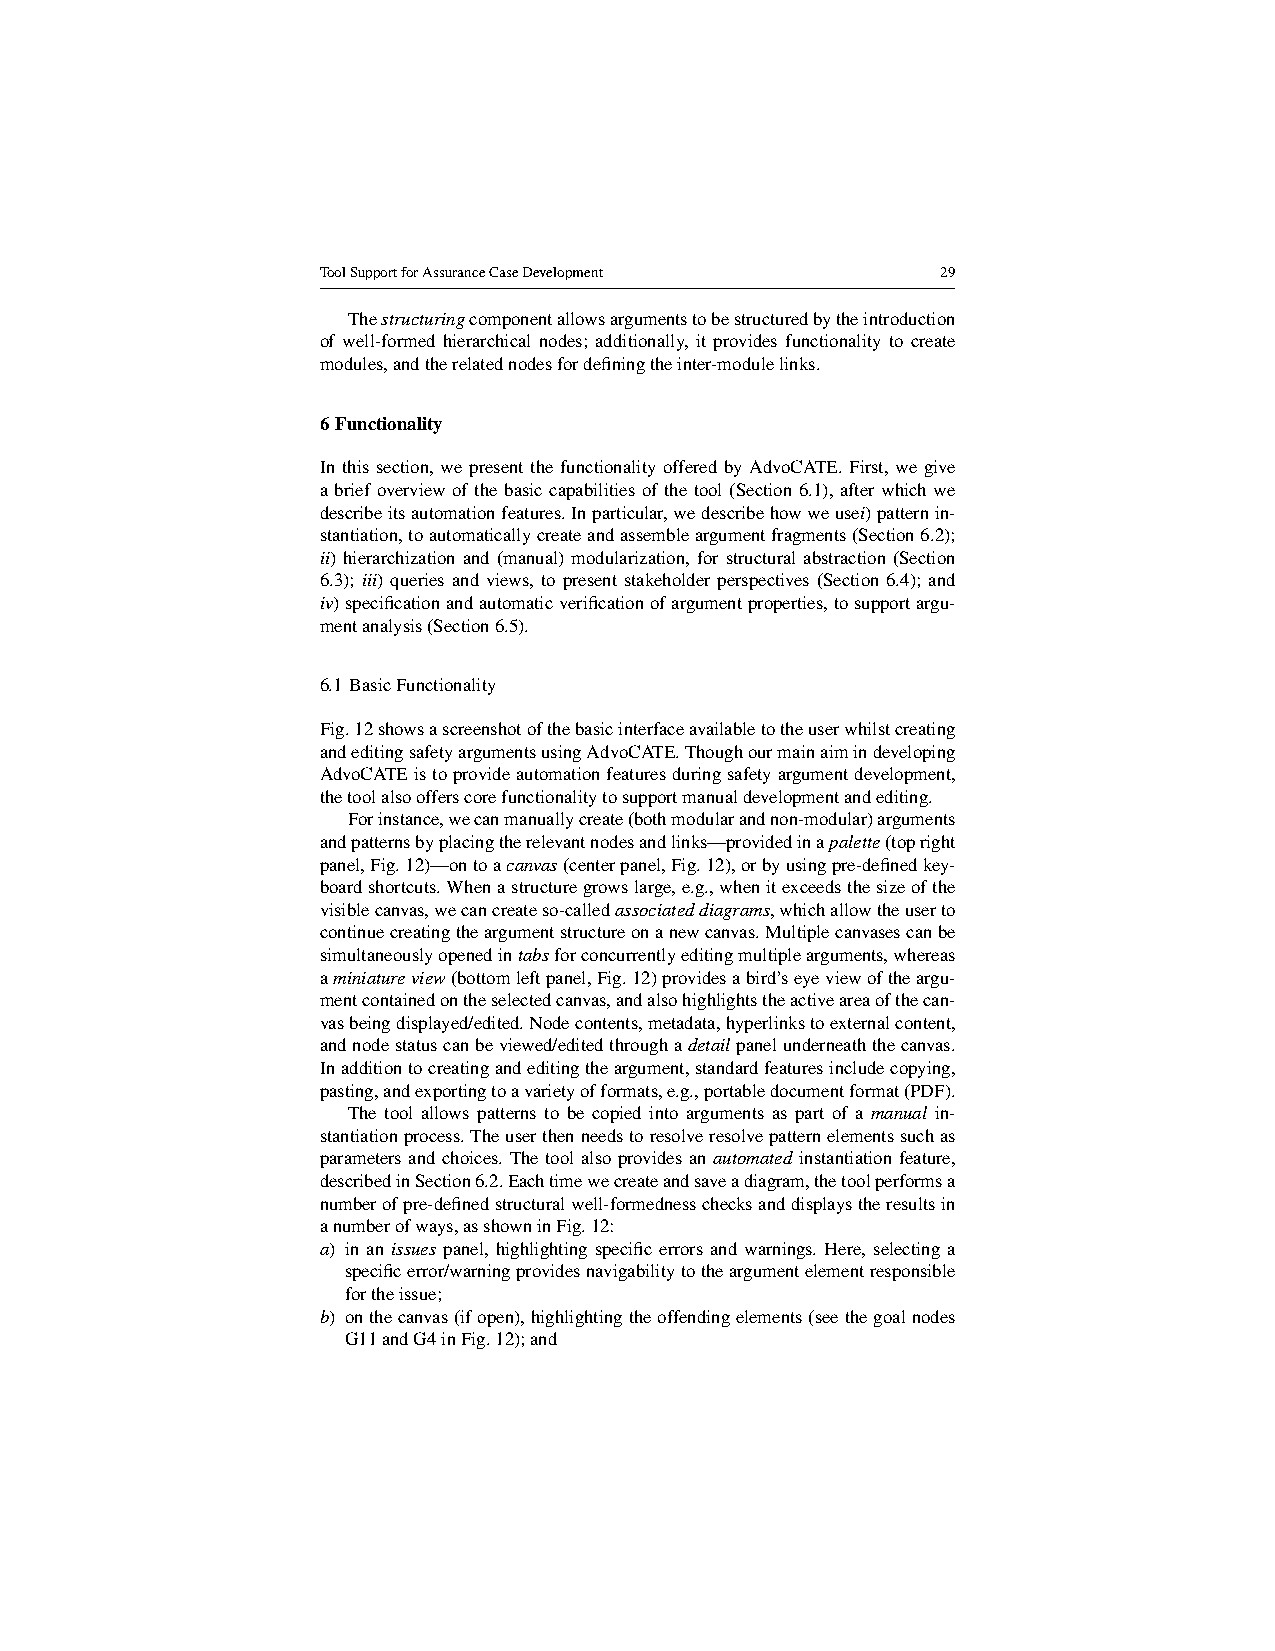
ToolSupportforAssuranceCaseDevelopment   29
 Thestructuringcomponentallowsargumentstobestructuredbytheintroduction
 of well-formed hierarchical nodes; additionally, it provides functionality to create
 modules,andtherelatednodesfordefiningtheinter-modulelinks.
 6 Functionality
 In this section, we present the functionality offered by AdvoCATE. First, we give
 a brief overview of the basic capabilities of the tool (Section 6.1), after which we
 describeitsautomationfeatures.Inparticular,wedescribehowweusei)patternin-
 stantiation,toautomaticallycreateandassembleargumentfragments(Section6.2);
 ii) hierarchization and (manual) modularization, for structural abstraction (Section
 6.3); iii) queries and views, to present stakeholder perspectives (Section 6.4); and
 iv)specificationandautomaticverificationofargumentproperties,tosupportargu-
 mentanalysis(Section6.5).
 6.1 BasicFunctionality
 Fig.12showsascreenshotofthebasicinterfaceavailabletotheuserwhilstcreating
 andeditingsafetyargumentsusingAdvoCATE.Thoughourmainaimindeveloping
 AdvoCATEistoprovideautomationfeaturesduringsafetyargumentdevelopment,
 thetoolalsoofferscorefunctionalitytosupportmanualdevelopmentandediting.
 Forinstance,wecanmanuallycreate(bothmodularandnon-modular)arguments
 andpatternsbyplacingtherelevantnodesandlinks—providedinapalette(topright
 panel,Fig.12)—ontoacanvas(centerpanel,Fig.12),orbyusingpre-definedkey-
 boardshortcuts.Whenastructuregrowslarge,e.g.,whenitexceedsthesizeofthe
 visiblecanvas,wecancreateso-calledassociateddiagrams,whichallowtheuserto
 continuecreatingtheargumentstructureonanewcanvas.Multiplecanvasescanbe
 simultaneouslyopenedintabsforconcurrentlyeditingmultiplearguments,whereas
 aminiatureview(bottomleftpanel,Fig.12)providesabird’seyeviewoftheargu-
 mentcontainedontheselectedcanvas,andalsohighlightstheactiveareaofthecan-
 vasbeingdisplayed/edited.Nodecontents,metadata,hyperlinkstoexternalcontent,
 andnodestatuscanbeviewed/editedthroughadetailpanelunderneaththecanvas.
 Inadditiontocreatingandeditingtheargument,standardfeaturesincludecopying,
 pasting,andexportingtoavarietyofformats,e.g.,portabledocumentformat(PDF).
 The tool allows patterns to be copied into arguments as part of a manual in-
 stantiationprocess.Theuserthenneedstoresolveresolvepatternelementssuchas
 parameters and choices. The tool also provides an automated instantiation feature,
 describedinSection6.2.Eachtimewecreateandsaveadiagram,thetoolperformsa
 numberofpre-definedstructuralwell-formednesschecksanddisplaystheresultsin
 anumberofways,asshowninFig.12:
 a) in an issues panel, highlighting specific errors and warnings. Here, selecting a
 specificerror/warningprovidesnavigabilitytotheargumentelementresponsible
 fortheissue;
 b) onthecanvas(ifopen),highlightingtheoffendingelements(seethegoalnodes
 G11andG4inFig.12);and